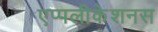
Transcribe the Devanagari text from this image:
एप्पलीकेशनस